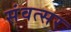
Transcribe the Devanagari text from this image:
संवत्‍सर